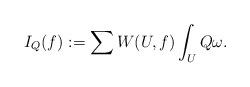
LaTeX: \begin{align*}I_Q(f):=\sum W(U,f)\int_U Q\omega.\end{align*}